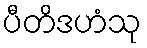
ပီတိဒဟံသု